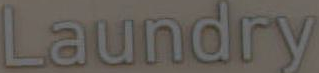
Laundry